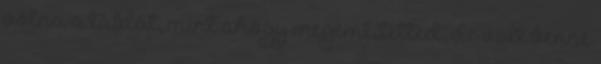
volna a táblát, mint ahogy megemlítetted, de volt benne